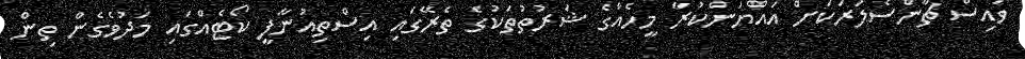
ވައިސް ޗާންސެލަރަކަށް އައްޔަންކުރާ މީހެއްގެ ޝަރުތުތަކުގެ ތެރޭގައި އިސްތިއުނާފީ ކޯޓެއްގައި މަދުވެގެން ތިން